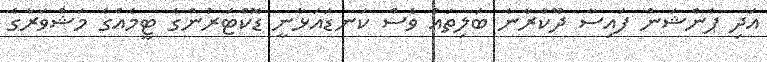
އަދި ޕެންޝަން ފައިސާ ދޫކުރާނެ ބަލިތައް ވެސް ކަނޑައަޅާނީ ޑޮކްޓަރުންގެ ޓީމެއްގެ މަޝްވަރާގެ